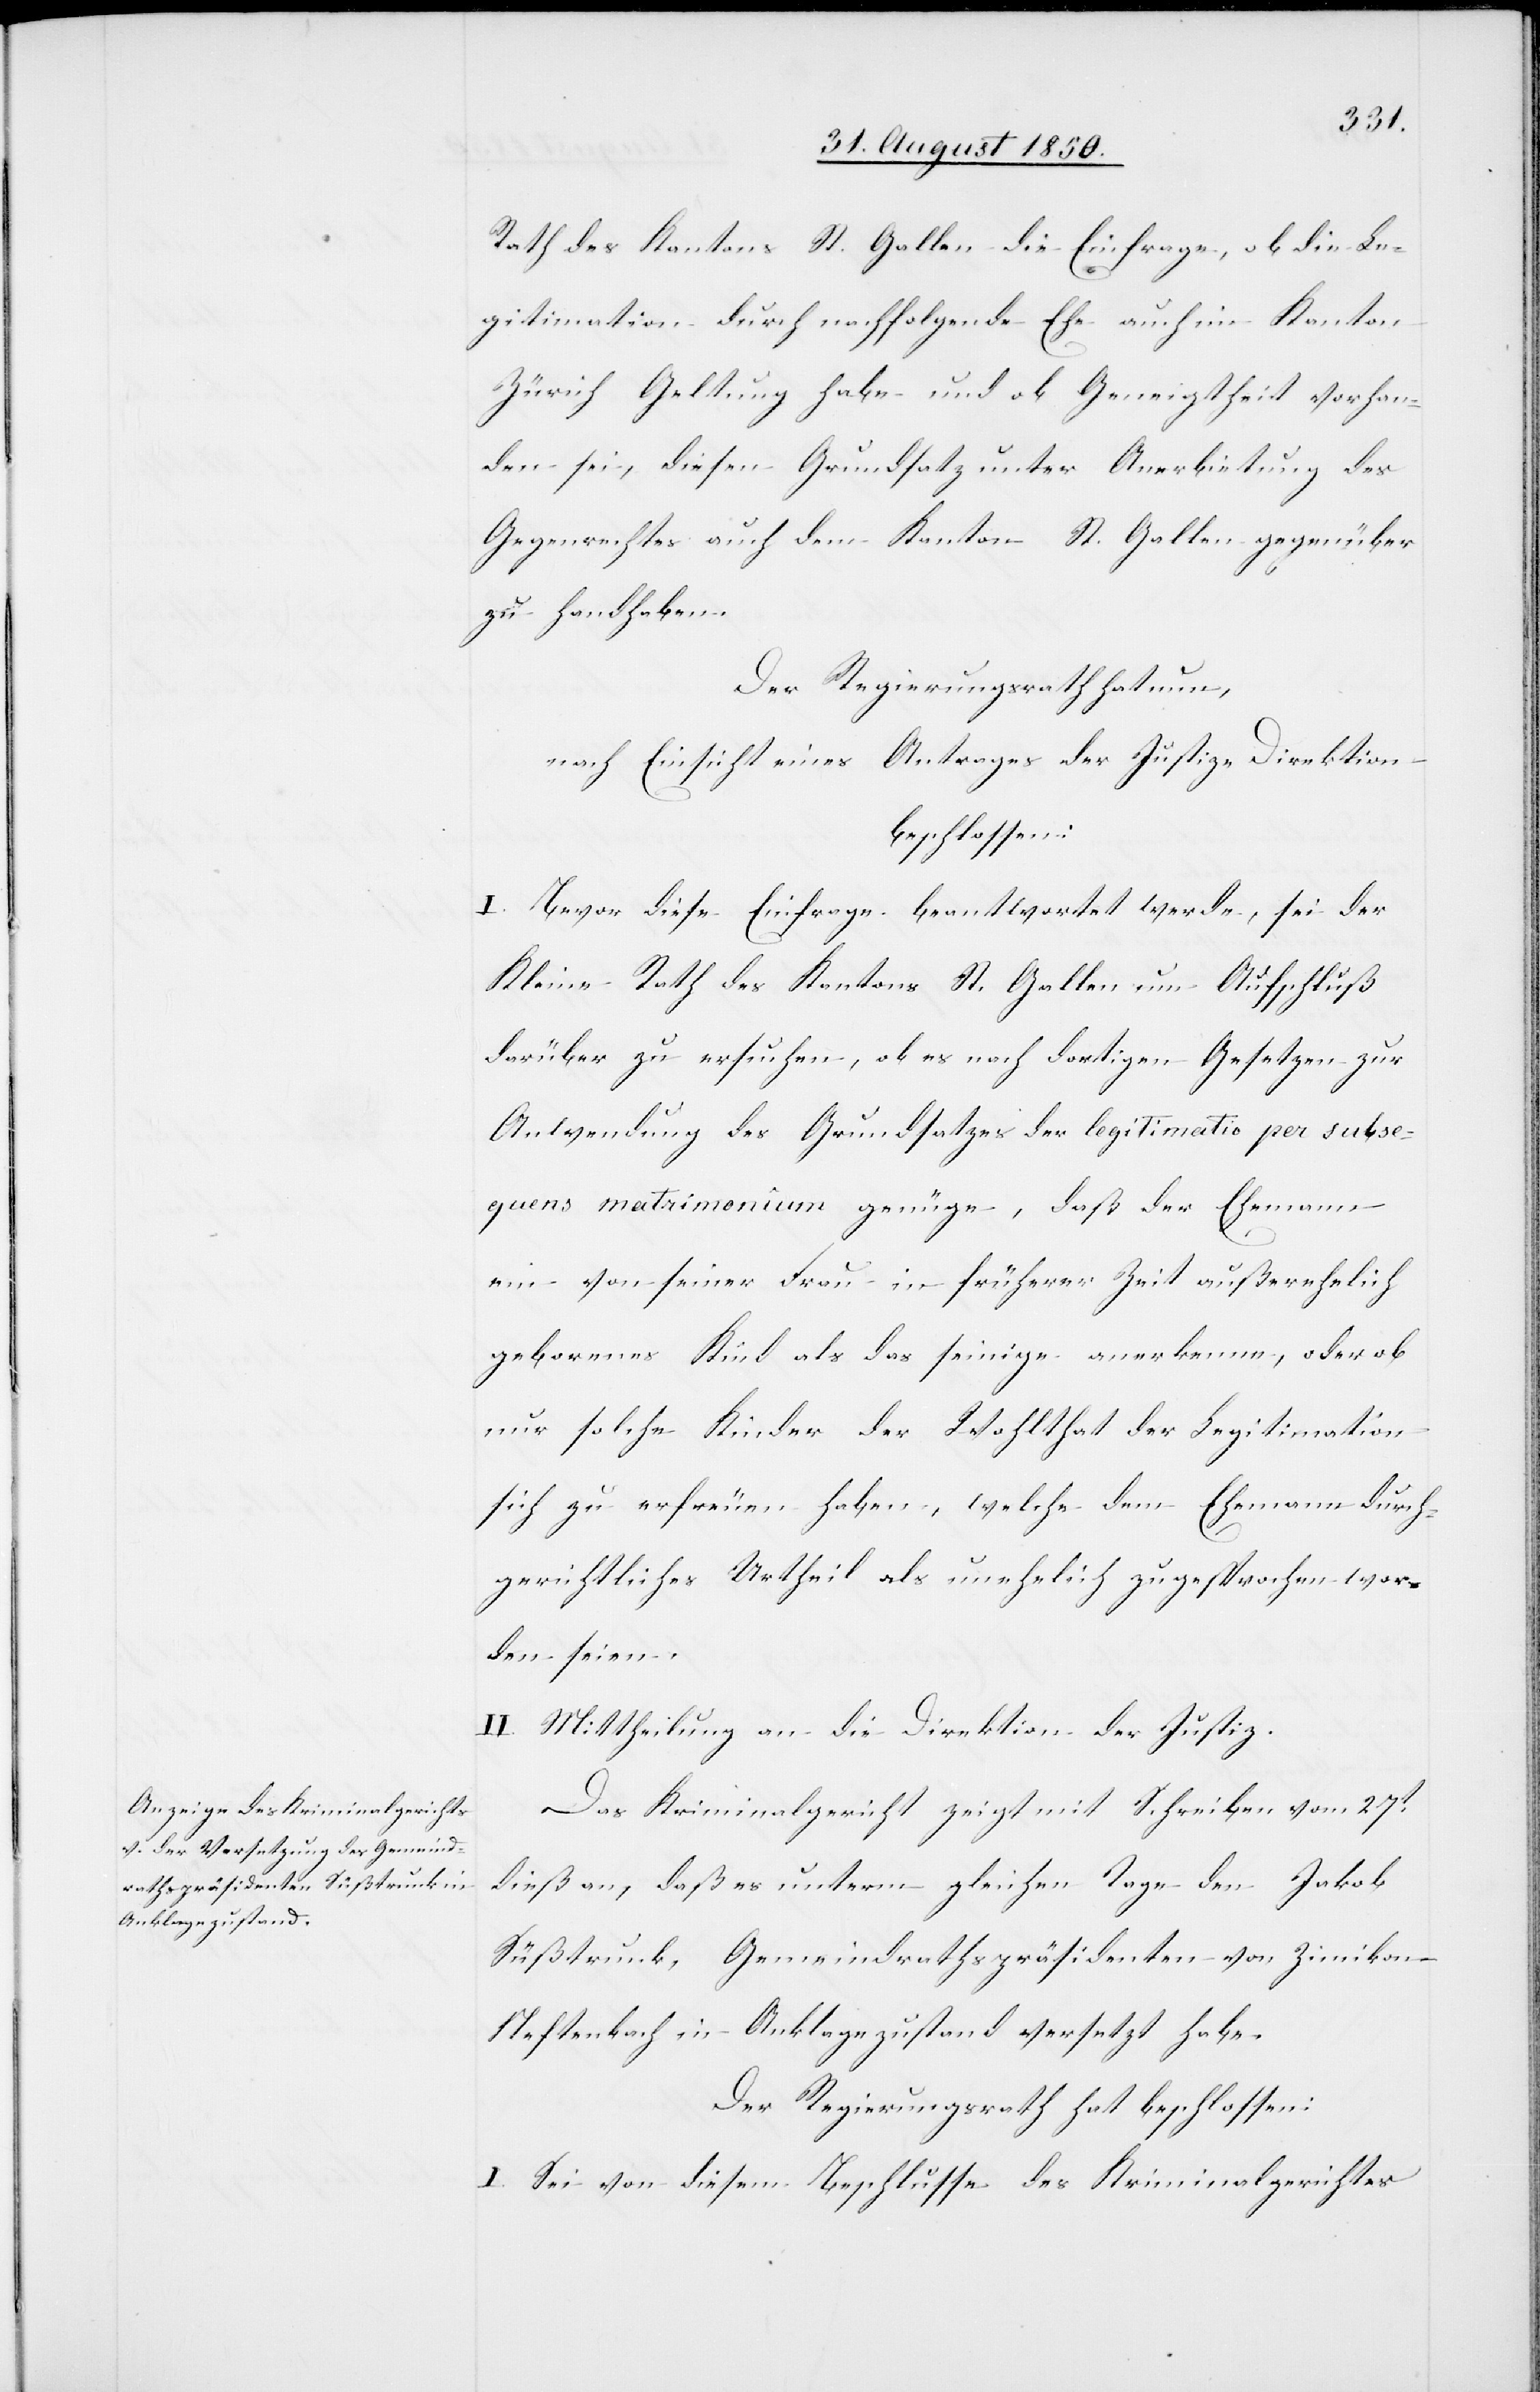
Rath des Kantons St. Gallen die Einfrage, ob die Le¬
gitimation durch nachfolgende Ehe auch im Kanton
Zürich Geltung habe und ob Geneigtheit vorhan¬
den sei, diesen Grundsatz unter Anerbietung des
Gegenrechtes auch dem Kanton St. Gallen gegenüber
zu handhaben.
Der Regierungsrath hat nun,
nach Einsicht eines Antrages der Justiz-Direktion
beschlossen:
I. Bevor diese Einfrage beantwortet werde, sei der
Kleine Rath des Kantons St. Gallen um Aufschluß
darüber zu ersuchen, ob es nach dortigen Gesetzen zur
Anwendung des Grundsatzes der legitimatio per subse¬
quens matrimonium genüge, daß der Ehemann
ein von seiner Frau in früherer Zeit außerehelich
geborenes Kind als das seinige anerkenne, oder ob
nur solche Kinder der Wohlthat der Legitimation
sich zu erfreuen haben, welche dem Ehemann durch
gerichtliches Urtheil als unehelich zugesprochen wor¬
den seien.
II. Mittheilung an die Direktion der Justiz.
Das Kriminalgericht zeigt mit Schreiben vom 27t
dieß an, daß es unterm gleichen Tage den Jakob
Süßtrunk, Gemeindrathspräsidenten von Zimikon-N¬
eftenbach in Anklagezustand versetzt habe.
Der Regierungsrath hat beschlossen:
I. Sei von diesem Beschlusse des Kriminalgerichtes